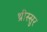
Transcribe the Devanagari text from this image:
थ्रीस्सुर